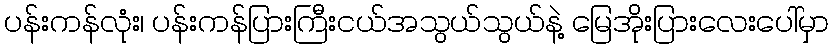
ပန်းကန်လုံး၊ ပန်းကန်ပြားကြီးငယ်အသွယ်သွယ်နဲ့ မြေအိုးပြားလေးပေါ်မှာ